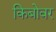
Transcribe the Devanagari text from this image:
किबोवर